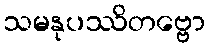
သမနုပဿိတဗ္ဗော